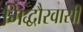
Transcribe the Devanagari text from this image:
गिद्धौरवासी